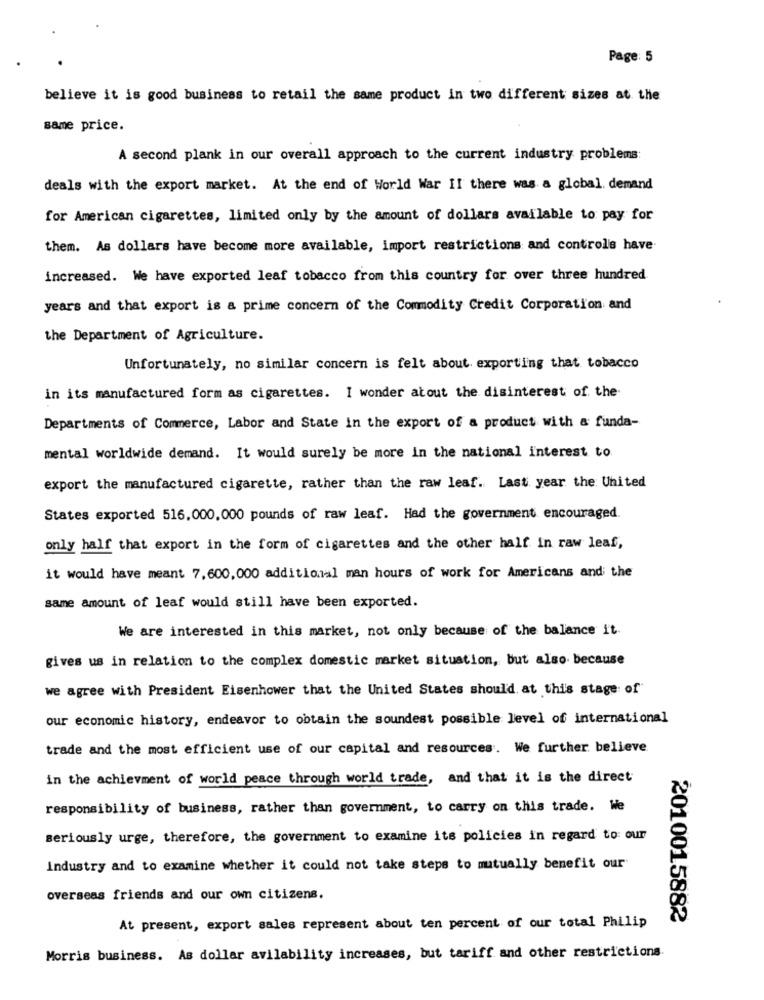
Page: 5
believe it is good business to retail the same product in two different sizes at the
same price.
A second plank in our overall approach to the current industry problems:
deals with the export market. At the end of World War II there was a global. demand
for American cigarettes, limited only by the amount of dollars available to pay for
them. As dollars have become more available, import restrictions and control's have
increased. We have exported leaf tobacco from this country for over three hundred
years and that export is a prime concern of the Commodity Credit Corporation and
the Department of Agriculture.
Unfortunately, no similar concern is felt about. exporting that tobacco
in its manufactured form as cigarettes. I wonder about the disinterest of the
Departments of Commerce, Labor and State in the export of a product with & funda-
mental worldwide demand. It would surely be more in the national interest to
export the manufactured cigarette, rather than the raw leaf. Last year the United
States exported 516,000,000 pounds of raw leaf. Had the government encouraged.
only half that export in the form of cigarettes and the other half in raw leaf,
it would have meant 7,600, 000 additional man hours of work for Americans and the
same amount of leaf would still have been exported.
We are interested in this market, not only because of the balance it
gives us in relation to the complex domestic market situation, but also because
we agree with President Eisenhower that the United States should. at this stage of
our economic history, endeavor to obtain the soundest possible level of international
trade and the most efficient use of our capital and resources. We further believe
in the achievment of world peace through world trade, and that it is the direct
responsibility of business, rather than government, to carry on this trade. We
seriously urge, therefore, the government to examine its policies in regard to our
Industry and to examine whether it could not take steps to mutually benefit our
overseas friends and our own citizens.
2010015882
At present, export sales represent about ten percent of our total Philip
Morris business. As dollar avilability increases, but tariff and other restrictions